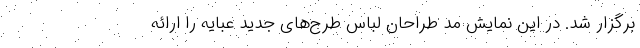
برگزار شد. در این نمایش مد طراحان لباس طرح‌های جدید عبایه را ارائه